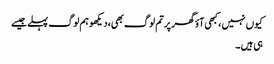
کیوں نہیں ،کبھی آؤ گھر پر تم لوگ بھی،دیکھو ہم لوگ پہلے جیسے
ہی ہیں ۔